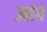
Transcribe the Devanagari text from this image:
उछंग